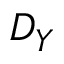
D _ { Y }